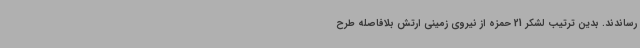
رساندند. بدین ترتیب لشکر 21 حمزه از نیروی زمینی ارتش بلافاصله طرح